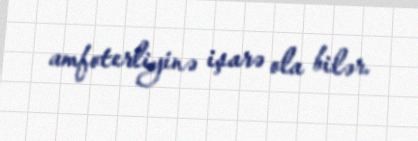
amfoterliyinə işarə ola bilər.